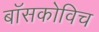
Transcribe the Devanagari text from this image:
बॉसकोविच